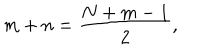
m + n = \frac { N + m - 1 } { 2 } ,